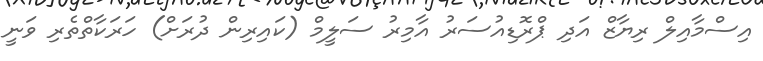
އިސްމާއިލް ރިޔާޒް އަދި ޕްރޮޑިއުސަރު އާމިރު ސަލީމް (ކައިރިން ދުރަށް) ހަރަކާތްތެރި ވަނީ